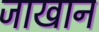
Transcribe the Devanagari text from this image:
जाखान